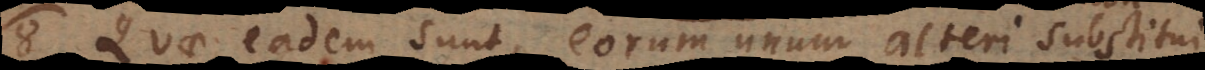
8) Quae eadem sunt, eorum unum alteri substitui